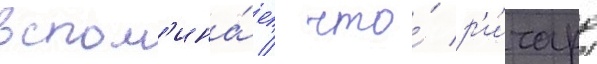
вспом'ина́ет / что́ р'и́чард